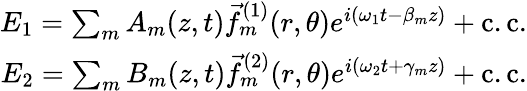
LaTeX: \begin{array}{r}{E_{1}=\sum_{m}A_{m}(z,t)\vec{f}_{m}^{(1)}(r,\theta)e^{i(\omega_{1}t-\beta_{m}z)}+\mathrm{c.c.}}\\ {E_{2}=\sum_{m}B_{m}(z,t)\vec{f}_{m}^{(2)}(r,\theta)e^{i(\omega_{2}t+\gamma_{m}z)}+\mathrm{c.c.}}\end{array}